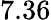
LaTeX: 7.36